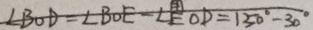
\angle B O D = \angle B O E - \angle E O D = 1 5 0 ^ { \circ } - 3 0 ^ { \circ }